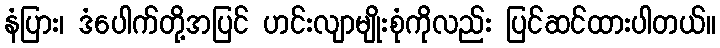
နံပြား၊ ဒံပေါက်တို့အပြင် ဟင်းလျာမျိုးစုံကိုလည်း ပြင်ဆင်ထားပါတယ်။